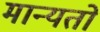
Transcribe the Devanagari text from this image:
मान्यतो